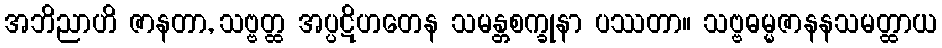
အဘိညာဟိ ဇာနတာ, သဗ္ဗတ္ထ အပ္ပဋိဟတေန သမန္တစက္ခုနာ ပဿတာ။ သဗ္ဗဓမ္မဇာနနသမတ္ထာယ